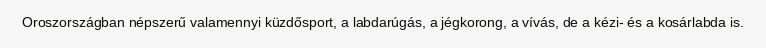
Oroszországban népszerű valamennyi küzdősport, a labdarúgás, a jégkorong, a vívás, de a kézi- és a kosárlabda is.